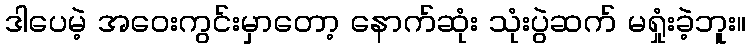
ဒါပေမဲ့ အဝေးကွင်းမှာတော့ နောက်ဆုံး သုံးပွဲဆက် မရှုံးခဲ့ဘူး။